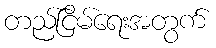
တည်ငြိမ်ရေးအတွက်